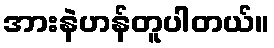
အားနဲဟန်တူပါတယ်။